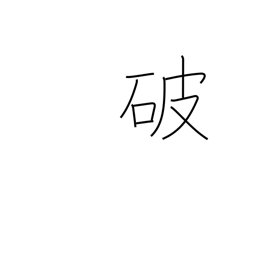
Meaning: rip